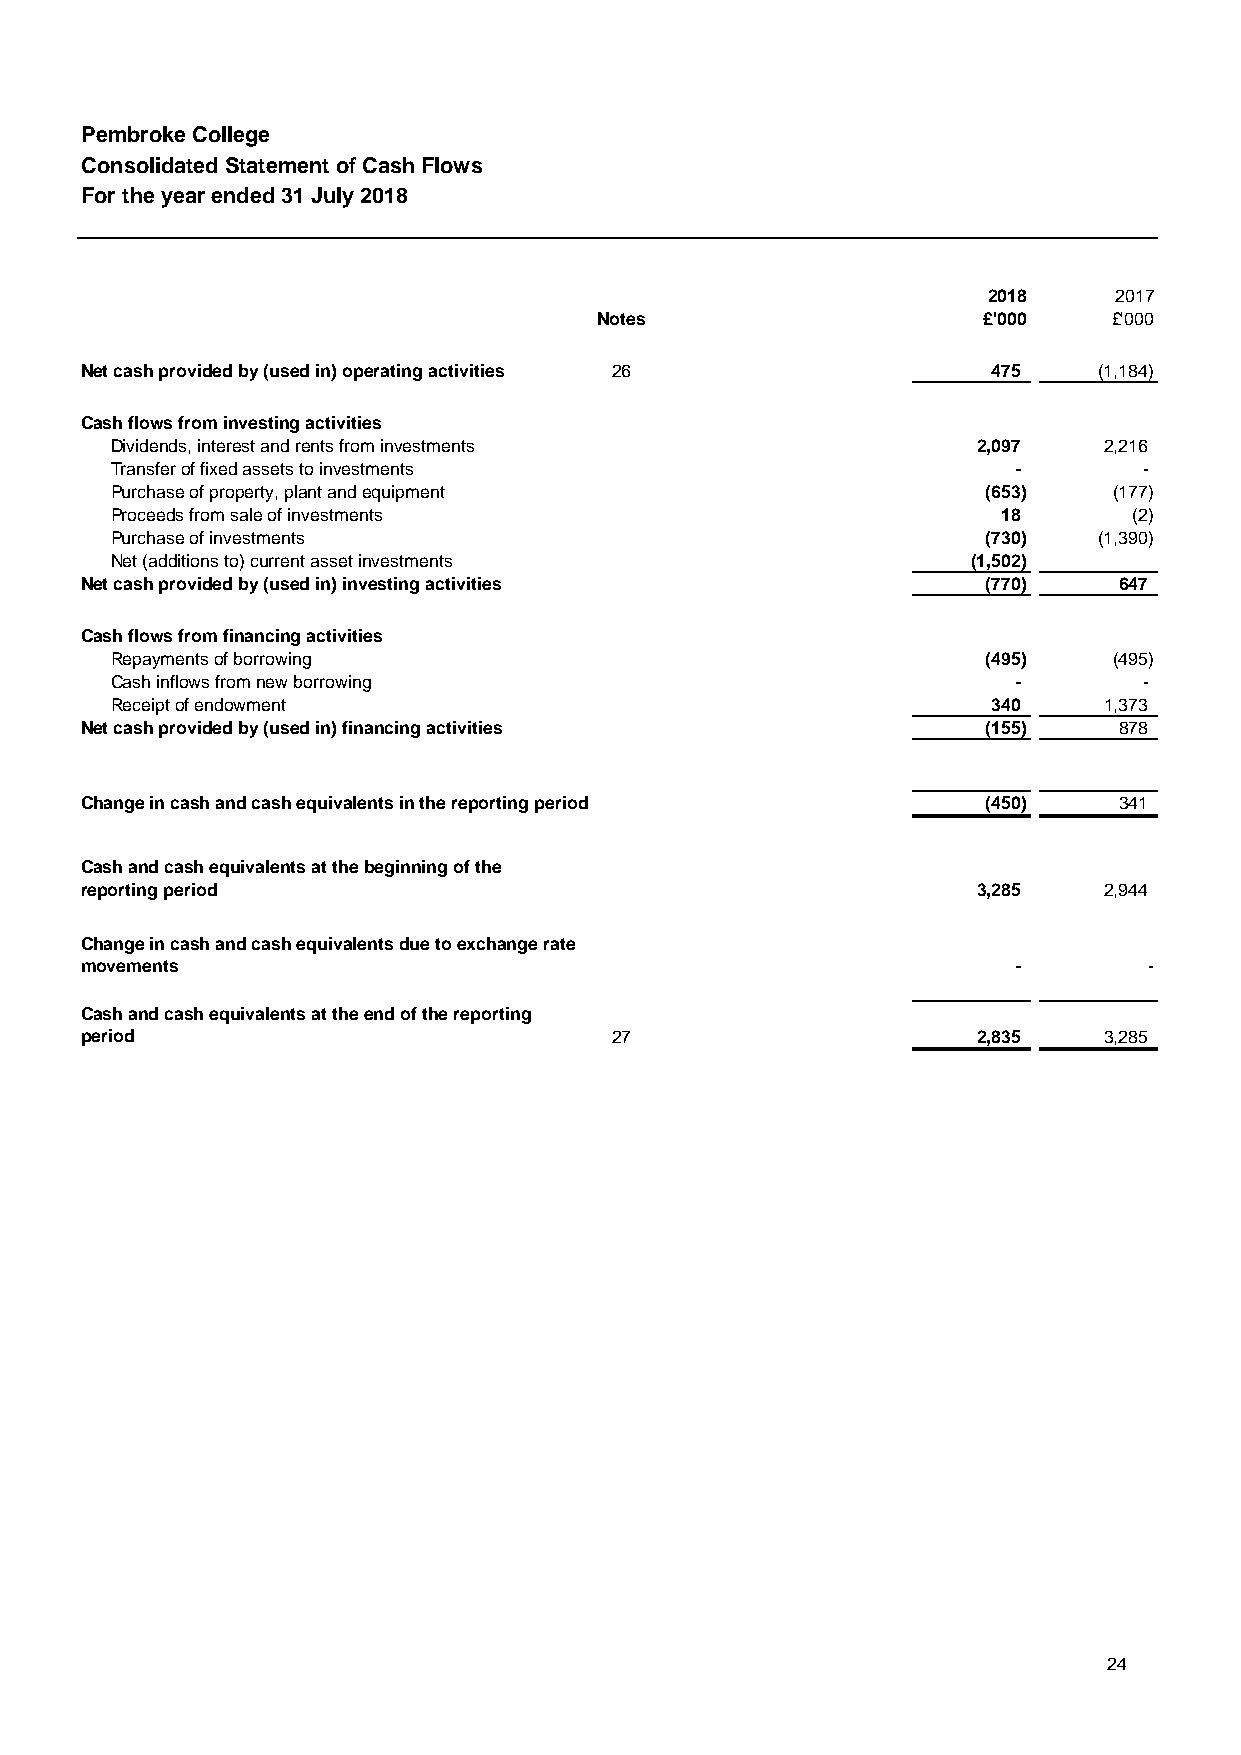
Pembroke College
 Consolidated Statement of Cash Flows
 For the year ended 31 July 2018
 2018     2017
 Notes                     £'000    £'000
 Net cash provided by (used in) operating activities 26       475    (1,184)
 Cash flows from investing activities
 Dividends, interest and rents from investments            2,097   2,216
 Transfer of fixed assets to investments                     -        -
 Purchase of property, plant and equipment                 (653)    (177)
 Proceeds from sale of investments                          18       (2)
 Purchase of investments                                   (730)   (1,390)
 Net (additions to) current asset investments             (1,502)
 Net cash provided by (used in) investing activities         (770)    647
 Cash flows from financing activities
 Repayments of borrowing                                   (495)    (495)
 Cash inflows from new borrowing                             -        -
 Receipt of endowment                                       340    1,373
 Net cash provided by (used in) financing activities         (155)    878
 Change in cash and cash equivalents in the reporting period (450)    341
 Cash and cash equivalents at the beginning of the
 reporting period                                            3,285   2,944
 Change in cash and cash equivalents due to exchange rate
 movements                                                     -        -
 Cash and cash equivalents at the end of the reporting
 period                             27                       2,835   3,285
 24